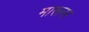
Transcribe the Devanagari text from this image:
मारूनर